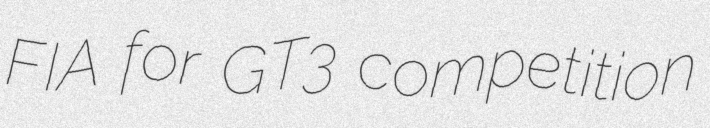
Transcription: FIA for GT3 competition